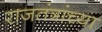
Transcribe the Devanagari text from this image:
राजतंत्रांच्या